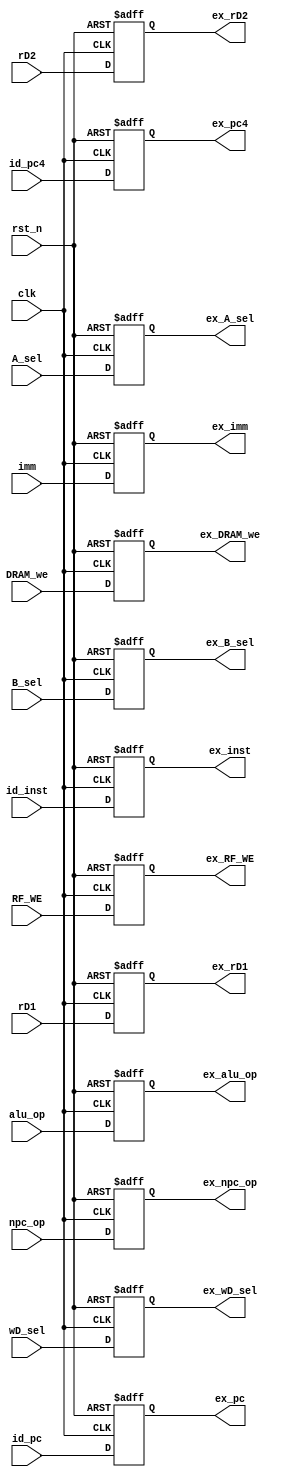
module ID_EX(
     input clk,
     input rst_n,
     input [31:0] id_pc,
     input [31:0] id_pc4,
     input [31:0] imm,
     input [31:0] rD1,
     input [31:0] rD2,
     input [31:0] id_inst,
     input [3:0] alu_op,
     input [1:0] npc_op,
     input [1:0] wD_sel,
     input DRAM_we,
     input RF_WE,
     input A_sel,
     input B_sel,
     
     output reg [31:0] ex_pc,
     output reg [31:0] ex_pc4,
     output reg [31:0] ex_rD1,
     output reg [31:0] ex_rD2,
     output reg [31:0] ex_imm,
     output reg [3:0] ex_alu_op,
     output reg [31:0] ex_inst,
     output reg [1:0] ex_npc_op,
     output reg [1:0] ex_wD_sel,
     output reg ex_A_sel,
     output reg ex_B_sel,
     output reg ex_RF_WE,
     output reg ex_DRAM_we 
     
    );
    
    always@(posedge clk or negedge rst_n)
    begin
        if(!rst_n) ex_pc<=32'b0;
        else ex_pc<=id_pc;
    end
    
    always@(posedge clk or negedge rst_n)
    begin
        if(!rst_n) ex_pc4<=32'b0;
        else ex_pc4<=id_pc4;
    end
    
    always@(posedge clk or negedge rst_n)
    begin
        if(!rst_n) ex_rD1<=32'b0;
        else ex_rD1<=rD1;
    end
    
    always@(posedge clk or negedge rst_n)
    begin
        if(!rst_n) ex_rD2<=32'b0;
        else ex_rD2<=rD2;
    end
    
    always@(posedge clk or negedge rst_n)
    begin
        if(!rst_n) ex_imm<=32'b0;
        else ex_imm<=imm;
    end
    
    always@(posedge clk or negedge rst_n)
    begin
        if(!rst_n) ex_wD_sel<=32'b0;
        else ex_wD_sel<=wD_sel;
    end
    
    always@(posedge clk or negedge rst_n)
    begin
        if(!rst_n) ex_inst<=32'b0;
        else ex_inst<=id_inst;
    end
    
    
    
    always@(posedge clk or negedge rst_n)
    begin
        if(!rst_n) ex_alu_op<=4'b0;
        else ex_alu_op<=alu_op;
    end
    
    always@(posedge clk or negedge rst_n)
    begin
        if(!rst_n) ex_npc_op<=2'b0;
        else ex_npc_op<=npc_op;
    end
    
    always@(posedge clk or negedge rst_n)
    begin
        if(!rst_n) ex_DRAM_we<=1'b0;
        else ex_DRAM_we<=DRAM_we;
    end
    
    always@(posedge clk or negedge rst_n)
    begin
        if(!rst_n) ex_RF_WE<=1'b0;
        else ex_RF_WE<=RF_WE;
    end
    
    always@(posedge clk or negedge rst_n)
    begin
        if(!rst_n) ex_A_sel<=1'b0;
        else ex_A_sel<=A_sel;
    end
    
    always@(posedge clk or negedge rst_n)
    begin
        if(!rst_n) ex_B_sel<=1'b0;
        else ex_B_sel<=B_sel;
    end
    
    
    
    
    
endmodule